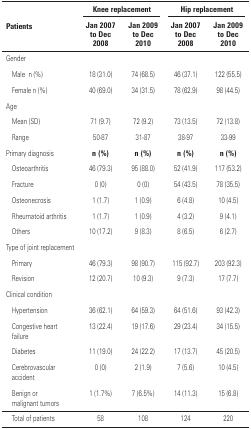
| <ROWSPAN=2-COLSPAN=2> Patients | <COLSPAN=2> Knee replacement | <COLSPAN=2> Hip replacement |
 | Jan 2007 to Dec 2008 | Jan 2009 to Dec 2010 | Jan 2007 to Dec 2008 | Jan 2009 to Dec 2010 |
 | --- | --- | --- | --- | --- | --- |
 | <COLSPAN=6> Gender |
 |  | Male n (%) | 18 (31.0) | 74 (68.5) | 46 (37.1) | 122 (55.5) |
 |  | Female n (%) | 40 (69.0) | 34 (31.5) | 78 (62.9) | 98 (44.5) |
 | <COLSPAN=6> Age |
 |  | Mean (SD) | 71 (9.7) | 72 (9.2) | 73 (13.5) | 72 (13.8) |
 |  | Range | 50-87 | 31-87 | 38-97 | 33-99 |
 | Primary diagnosis |  | n (%) | n (%) | n (%) | n (%) |
 |  | Osteoarthritis | 46 (79.3) | 95 (88.0) | 52 (41.9) | 117 (53.2) |
 |  | Fracture | 0 (0) | 0 (0) | 54 (43.5) | 78 (35.5) |
 |  | Osteonecrosis | 1 (1.7) | 1 (0.9) | 6 (4.8) | 10 (4.5) |
 |  | Rheumatoid arthritis | 1 (1.7) | 1 (0.9) | 4 (3.2) | 9 (4.1) |
 |  | Others | 10 (17.2) | 9 (8.3) | 8 (6.5) | 6 (2.7) |
 | <COLSPAN=6> Type of joint replacement |
 |  | Primary | 46 (79.3) | 98 (90.7) | 115 (92.7) | 203 (92.3) |
 |  | Revision | 12 (20.7) | 10 (9.3) | 9 (7.3) | 17 (7.7) |
 | <COLSPAN=6> Clinical condition |
 |  | Hypertension | 36 (62.1) | 64 (59.3) | 64 (51.6) | 93 (42.3) |
 |  | Congestive heart failure | 13 (22.4) | 19 (17.6) | 29 (23.4) | 34 (15.5) |
 |  | Diabetes | 11 (19.0) | 24 (22.2) | 17 (13.7) | 45 (20.5) |
 |  | Cerebrovascular accident | 0 (0) | 2 (1.9) | 7 (5.6) | 10 (4.5) |
 |  | Benign or malignant tumors | 1 (1.7%) | 7 (6.5%) | 14 (11.3) | 15 (6.8) |
 |  | Total of patients | 58 | 108 | 124 | 220 |